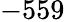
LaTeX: -559